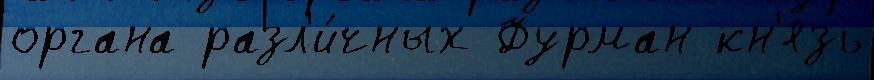
органа разл'и́чных Фурман кн'язь